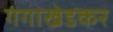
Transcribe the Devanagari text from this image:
गंगाखेडकर